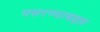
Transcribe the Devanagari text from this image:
पसरण्याबद्दल